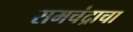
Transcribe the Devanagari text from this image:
रामचंद्राचा